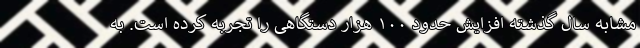
مشابه سال گذشته افزایش حدود ۱۰۰ هزار دستگاهی را تجربه کرده است. به